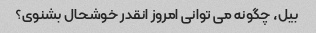
بیل، چگونه می توانی امروز انقدر خوشحال بشنوی؟